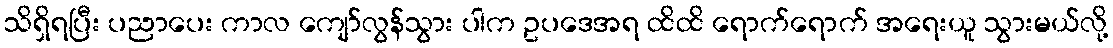
သိရှိရပြီး ပညာပေး ကာလ ကျော်လွန်သွား ပါက ဥပဒေအရ ထိထိ ရောက်ရောက် အရေးယူ သွားမယ်လို့